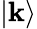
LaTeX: \left|\mathbf{k}\right\rangle